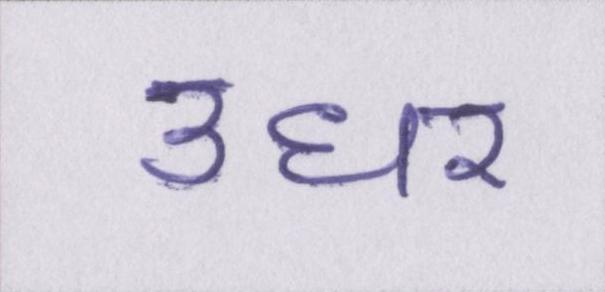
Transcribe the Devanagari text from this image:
उधर